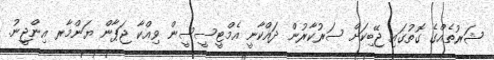
ޝަރުތެއްގެ ގޮތުގައި ޖޭބިކަށް ސަރުކާރުން ދައްކާނީ އެމްޓީސީސީން ވިއްކާ ޖަޕާން ޔަންމާރ އިންޖީނު.